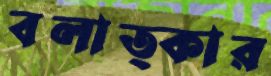
বলাত্কার